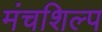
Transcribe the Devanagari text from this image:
मंचशिल्प